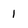
Character: 1